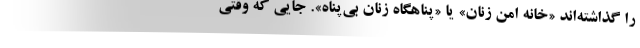
را گذاشته‌اند «خانه امن زنان» یا «پناهگاه زنان بی‌پناه». جایی که وقتی